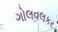
ગોલવલકર